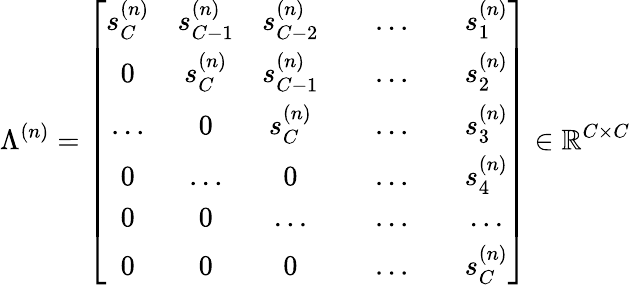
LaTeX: \Lambda^{(n)}=\left[\begin{array}{ccccccc}{s_{C}^{(n)}}&{s_{C-1}^{(n)}}&{s_{C-2}^{(n)}}&&{...}&&{s_{1}^{(n)}}\\ {0}&{s_{C}^{(n)}}&{s_{C-1}^{(n)}}&&{...}&&{s_{2}^{(n)}}\\ {...}&{0}&{s_{C}^{(n)}}&&{...}&&{s_{3}^{(n)}}\\ {0}&{...}&{0}&&{...}&&{s_{4}^{(n)}}\\ {0}&{0}&{...}&&{...}&&{...}\\ {0}&{0}&{0}&&{...}&&{s_{C}^{(n)}}\end{array}\right]\in\mathbb{R}^{C\times C}